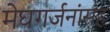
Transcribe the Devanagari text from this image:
मेघगर्जनांसह